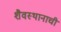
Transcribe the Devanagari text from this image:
शैवस्थानाची